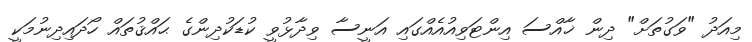
މިއަދު "ވަގުތަށް" ދިން ޚާއްސަ އިންޓަވިއުއެއްގައި އަނީސާ ވިދާޅުވީ ކުޑަކުދިންގެ ޙައްޤުތައް ހޯދައިދިނުމަކީ